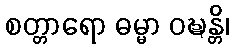
စတ္တာရော ဓမ္မာ ဝဍ္ဎန္တိ၊